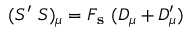
( S ^ { \prime } ~ S ) _ { \mu } = F _ { \bf s } ~ ( D _ { \mu } + D _ { \mu } ^ { \prime } )